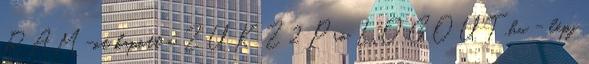
RAM-ot kapott a ZUK Z2 Pro LOGOUT.hu - lépj